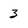
Character: 3